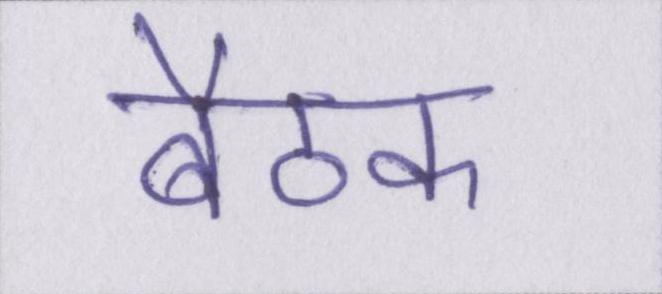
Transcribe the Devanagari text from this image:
बैठक